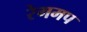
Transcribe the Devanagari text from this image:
रेगमप